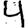
Digit: 4